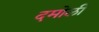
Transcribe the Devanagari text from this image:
दमोली